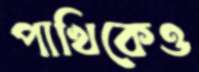
পাখিকেও